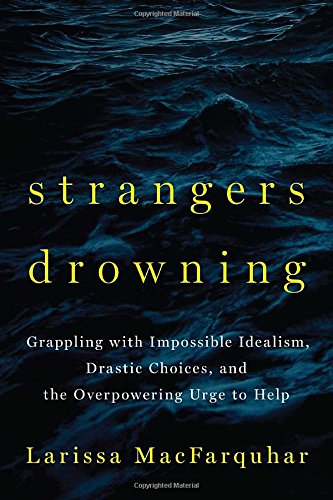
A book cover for Strangers Drowning: Grappling with Impossible Idealism, Drastic Choices, and the Overpowering Urge to Help; Larissa MacFarquhar; Medical Books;